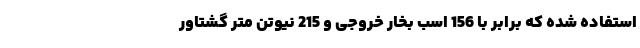
استفاده شده که برابر با 156 اسب بخار خروجی و 215 نیوتن متر گشتاور